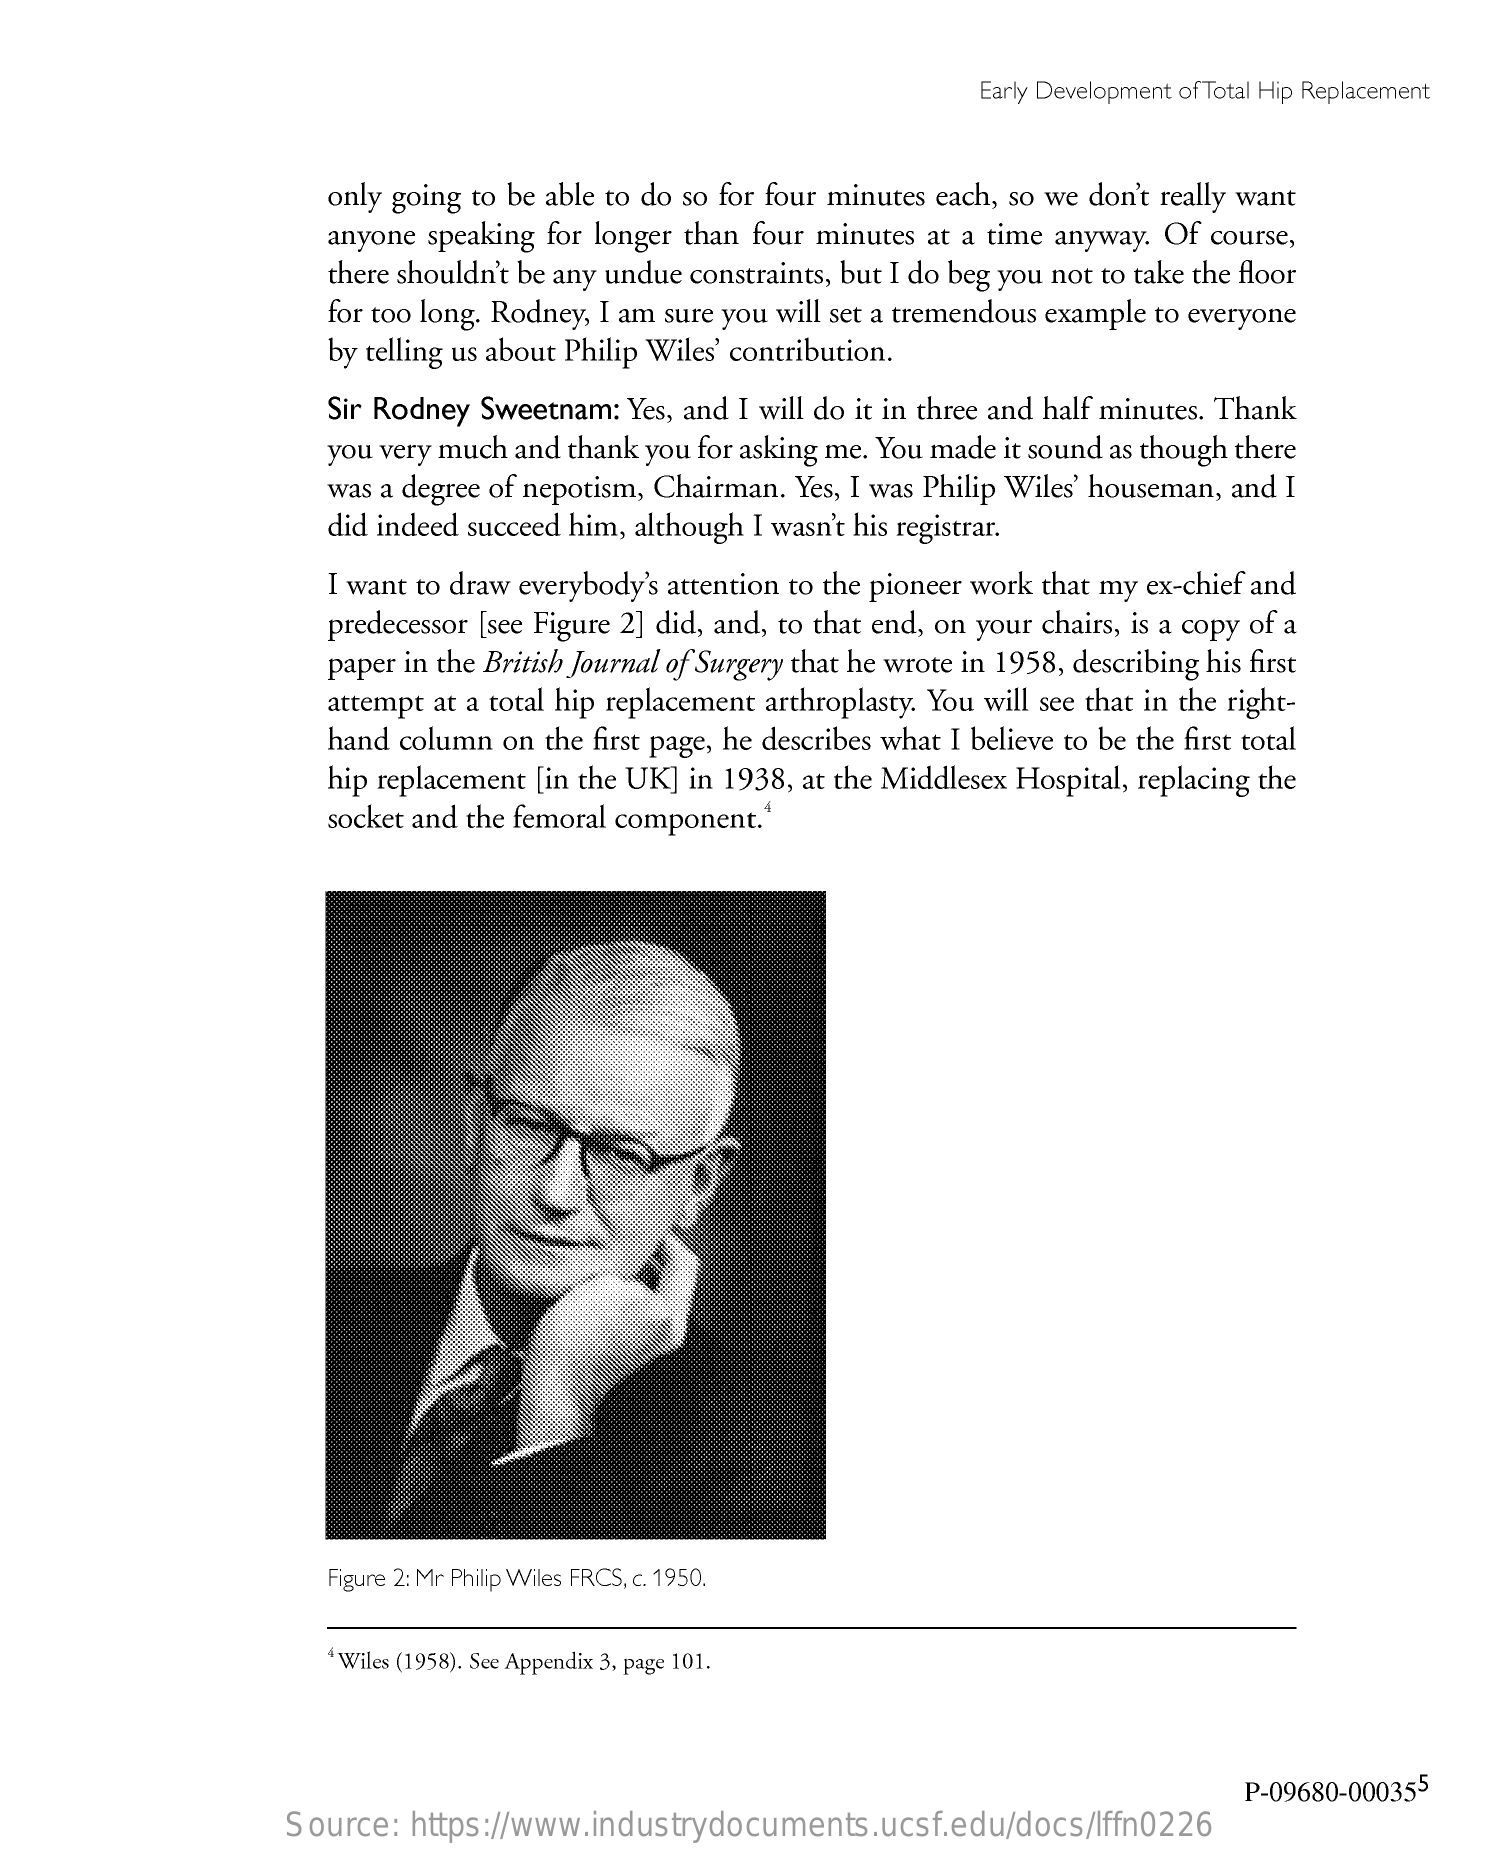
Early Development of Total Hip Replacement
     only going to be able to do so for four minutes each, so we don't really want
     anyone speaking for longer than four minutes at a time anyway. Of course,
     there shouldn't be any undue constraints, but I do beg you not to take the floor
     for too long. Rodney, I am sure you will set a tremendous example to everyone
     by telling us about Philip Wiles' contribution.
     Sir Rodney Sweetnam: Yes, and I will do it in three and half minutes. Thank
     you very much and thank you for asking me. You made it sound as though there
     was a degree of nepotism, Chairman. Yes, I was Philip Wiles' houseman, and I
     did indeed succeed him, although I wasn't his registrar.
     I want to draw everybody's attention to the pioneer work that my ex-chief and
     predecessor [see Figure 2] did, and, to that end, on your chairs, is a copy of a
     paper in the British Journal of Surgery that he wrote in 1958, describing his first
     attempt at a total hip replacement arthroplasty. You will see that in the right-
     hand column  on the first page, he describes what I believe to be the first total
     hip replacement [in the UK] in 1938, at the Middlesex Hospital, replacing the
     socket and the femoral component.
     Figure 2: Mr Philip Wiles FRCS, c. 1950.
     ‘ Wiles (1958). See Appendix 3, page 101.
     P-09680-000355
     Source:  https://www.industrydocuments.ucsf.edu/docs/lffn0226